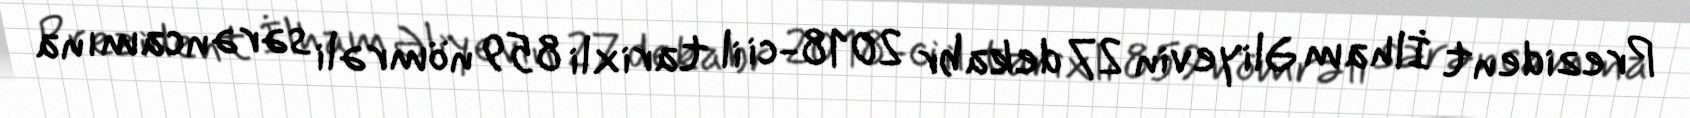
Prezident İlham Əliyevin 27 dekabr 2018-ci il tarixli 859 nömrəli sərəncamına